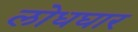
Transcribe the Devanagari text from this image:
लोधघार